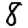
Digit: 8